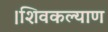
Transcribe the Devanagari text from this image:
।शिवकल्याण